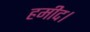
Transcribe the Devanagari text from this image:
हमीद।